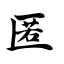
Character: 匿